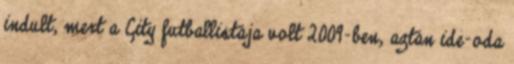
indult, mert a City futballistája volt 2009-ben, aztán ide-oda